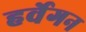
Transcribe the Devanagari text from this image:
हर्वेगन